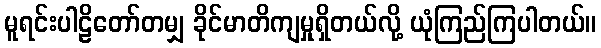
မူရင်းပါဠိတော်တမျှ ခိုင်မာတိကျမှုရှိတယ်လို့ ယုံကြည်ကြပါတယ်။